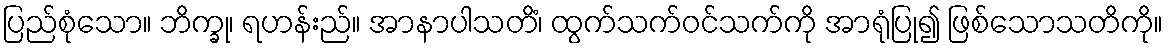
ပြည်စုံသော။ ဘိက္ခု၊ ရဟန်းည်။ အာနာပါသတိံ၊ ထွက်သက်ဝင်သက်ကို အာရုံပြု၍ ဖြစ်သောသတိကို။